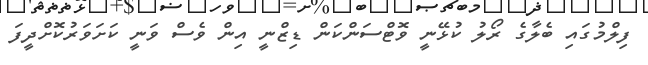
ފިލްމުގައި ބެލާގެ ރޯލު ކުޅޭނީ ވޮޓްސަންކަން ޑިޒްނީ އިން ވެސް ވަނީ ކަށަވަރުކޮށްދީފަ